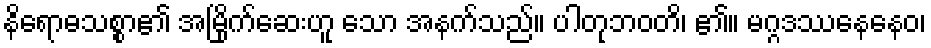
နိရောဓသစ္စာ၏ အမြိုက်ဆေးဟူ သော အနက်သည်။ ပါတုဘဝတိ၊ ၏။ မဂ္ဂဒဿနေနေဝ၊